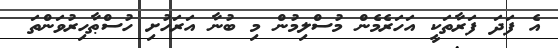
އެ ފަދަ ފަރާތަކީ އަހަރެމެން މުސްލިމުން މި ބުނާ އަރަހުށި ހުސްޠާހިރުވަންތަ